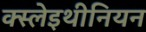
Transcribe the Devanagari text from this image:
क्स्लेइथीनियन